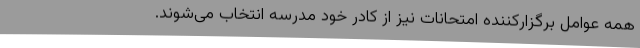
همه عوامل برگزارکننده امتحانات نیز از کادر خود مدرسه انتخاب می‌شوند.